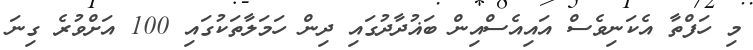
މި ހަފްތާ އެކަނިވެސް އައިއެސްއިން ބަޣުދާދުގައި ދިން ހަމަލާތަކުގައި 100 އަށްވުރެ ގިނަ